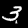
Digit: 3